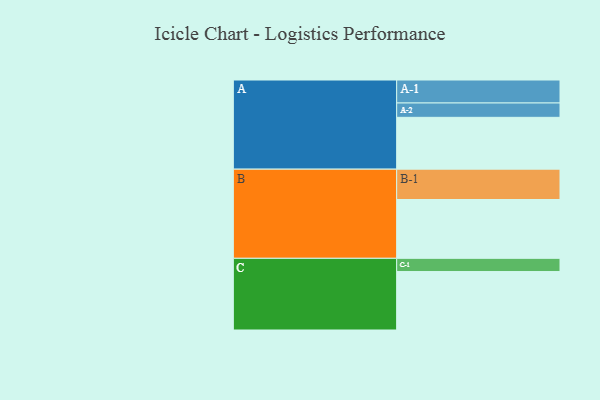
{"axis": {"x": "Segment", "y": "Value"}, "legend": ["", "A", "B", "C"], "data": [{"x": "A", "y": 415, "type": ""}, {"x": "B", "y": 471, "type": ""}, {"x": "C", "y": 468, "type": ""}, {"x": "A-1", "y": 184, "type": "A"}, {"x": "A-2", "y": 115, "type": "A"}, {"x": "B-1", "y": 243, "type": "B"}, {"x": "C-1", "y": 106, "type": "C"}]}